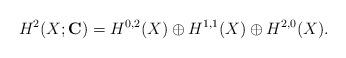
LaTeX: \begin{align*}H^2(X;{\bf C}) = H^{0,2}(X) \oplus H^{1,1}(X) \oplus H^{2,0}(X).\end{align*}